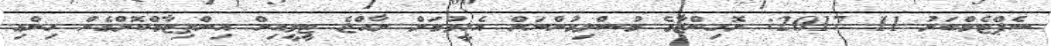
ސެޕްޓެމްބަރު 11 2017: ރޮހިންޖާގެ މުސްލިމުންނަށް އެހީވުމަށް ރާއްޖެ ޓީވީއިން އިންތިޒާމްކޮށްގެން ހިންގި